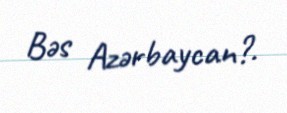
Bəs Azərbaycan?.